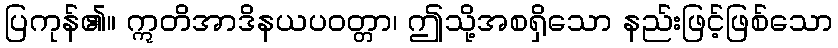
ပြကုန်၏။ ဣတိအာဒိနယပဝတ္တာ၊ ဤသို့အစရှိသော နည်းဖြင့်ဖြစ်သော